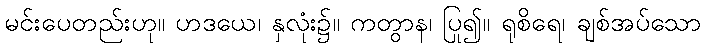
မင်းပေတည်းဟု။ ဟဒယေ၊ နှလုံး၌။ ကတွာန၊ ပြု၍။ ရုစိရေ၊ ချစ်အပ်သော